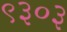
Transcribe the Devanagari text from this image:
९३०३